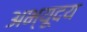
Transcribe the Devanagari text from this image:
अभ्यूदय